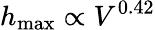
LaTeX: h_{\operatorname*{max}}\propto V^{0.42}